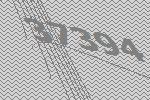
37394